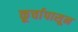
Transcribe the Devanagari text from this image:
कूर्चापासून